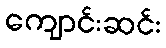
ကျောင်းဆင်း